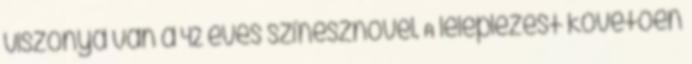
viszonya van a 42 éves színésznővel. A leleplezést követően